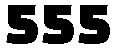
555